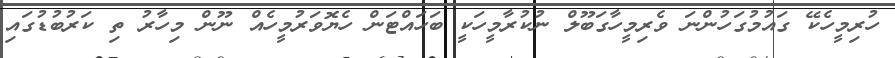
ހުރިމީހެކޭ ގައުމުގަހުންނަ ވެރިމީހާގަބޫލް ނުކުރާމީހަކީ ބަހައްޓަން ހެޔޮވަރުމީހެއް ނޫން މިހާރު ތި ކަރުބުޑުގައި